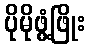
ပိုမိုဖွံ့ဖြိုး